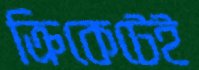
ক্রিকেটেই